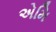
એમિ